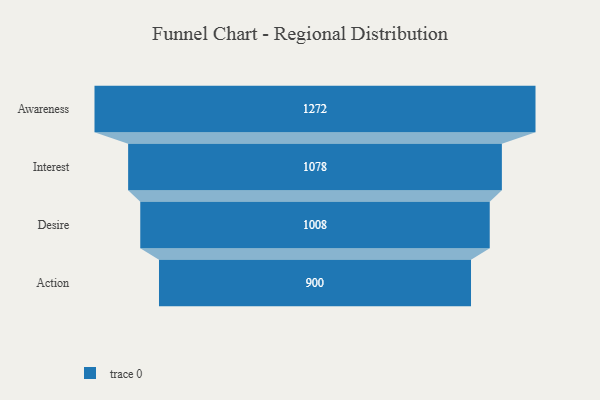
{"axis": {"x": "Stage", "y": "Value"}, "legend": [""], "data": [{"x": "Awareness", "y": 1272.0, "type": ""}, {"x": "Interest", "y": 1078.0, "type": ""}, {"x": "Desire", "y": 1008.0, "type": ""}, {"x": "Action", "y": 900.0, "type": ""}]}